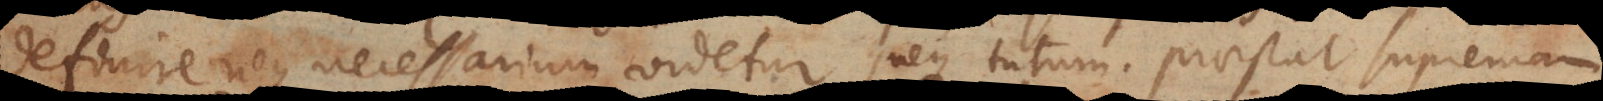
definire neque necessarium videtur neque tutum. Praestat supremam